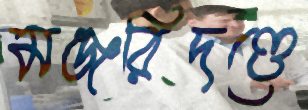
মঞ্জরিদণ্ডে